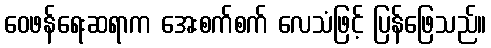
ဝေဖန်ရေးဆရာက အေးစက်စက် လေသံဖြင့် ပြန်ဖြေသည်။